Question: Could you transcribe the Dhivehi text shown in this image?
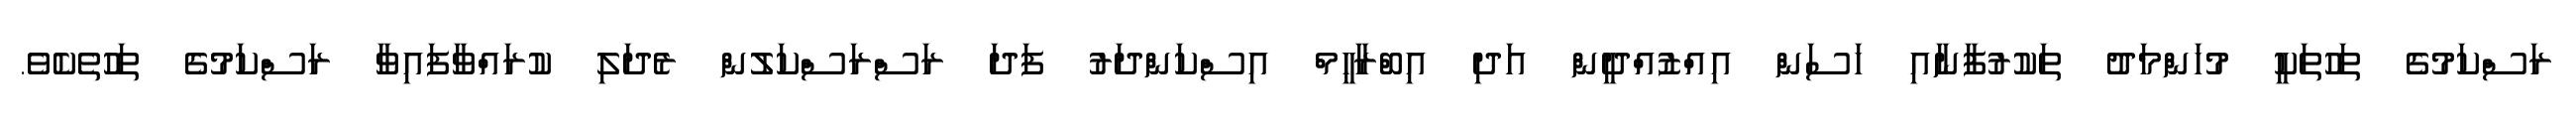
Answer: ރަސްކަމުގެ ތަހުތަކީ މުހަންމަދު ތަކުރުފާނާއި ހަސަން އިއްޒުއްދީން އަދި އިބްރާހީމް އިސްކަންދަރު ފަދަ ރަސްރަސްކަލުން ރެދަލި ކުރައްވާފައިވާ ރަސްކަމުގެ ތަހުތެކެވެ.